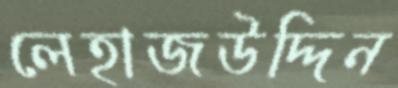
লেহাজউদ্দিন